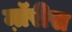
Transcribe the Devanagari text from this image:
म़ॉरीस